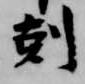
剋